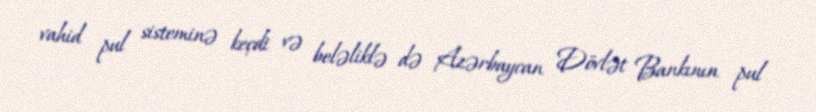
vahid pul sisteminə keçdi və beləliklə də Azərbaycan Dövlət Bankının pul